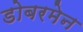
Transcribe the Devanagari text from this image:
डोबरमेन